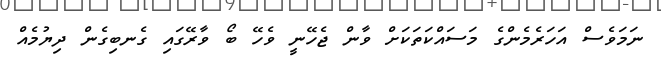
ނަމަވެސް އަހަރެމެންގެ މަސައްކަތަކަށް ވާން ޖެހޭނީ ވެހޭ ބޯ ވާރޭގައި ގެނބިގެން ދިޔުމެއް